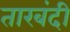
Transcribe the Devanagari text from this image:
तारबंदी